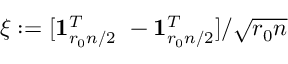
\xi : = [ \mathbf { 1 } _ { r _ { 0 } n / 2 } ^ { T } ~ - \mathbf { 1 } _ { r _ { 0 } n / 2 } ^ { T } ] / \sqrt { r _ { 0 } n }